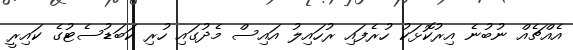
އެއްޗެއް ނުބުނެ އިރުކޮޅަކު ހުރެފައި ރުހައިލު އައިސް މެދުގައި ހުރި ކަބަޑުސެޓުގެ ކައިރީ